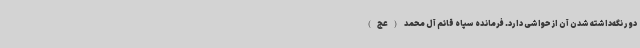
دور نگه‌داشته شدن آن از حواشی دارد. فرمانده سپاه قائم آل محمد (عج)